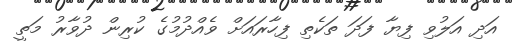
އަދި އަލުވި ފިޔާ ފަދަ ތަކެތި ފިހާރައަށް ވެއްދުމުގެ ކުރިން ދުވާރު މަތީ